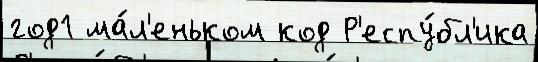
год1 ма́л'еньком код Р'еспу́бл'ика